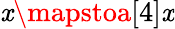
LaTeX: \mathit{x}\mapstoa[4]\mathit{x}